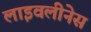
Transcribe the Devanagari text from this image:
लाइवलीनेस